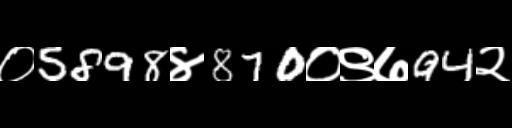
Text: ०5898४870०९७94२